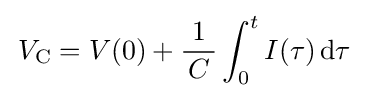
\,V_{\mathrm {C} }=V(0)+{\frac {1}{\,C\,}}\int _{0}^{t}I(\tau )\,\mathrm {d} \tau